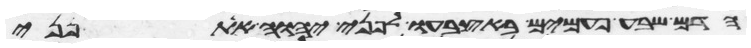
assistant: הדם שבע פעמים באצבעו לפני יהוה את פני